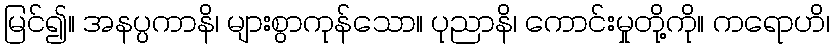
မြင်၍။ အနပ္ပကာနိ၊ များစွာကုန်သော။ ပုညာနိ၊ ကောင်းမှုတို့ကို။ ကရောဟိ၊